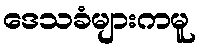
ဒေသခံများကမူ